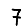
Digit: 7